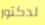
لدكتور